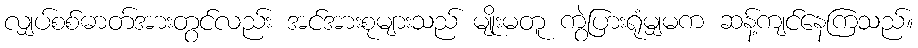
လျှပ်စစ်ဓာတ်အားတွင်လည်း အင်အားစုများသည် မျိုးမတူ ကွဲပြားရုံမျှမက ဆန့်ကျင်နေကြသည်။